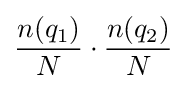
{\frac {n(q_{1})}{N}}\cdot {\frac {n(q_{2})}{N}}